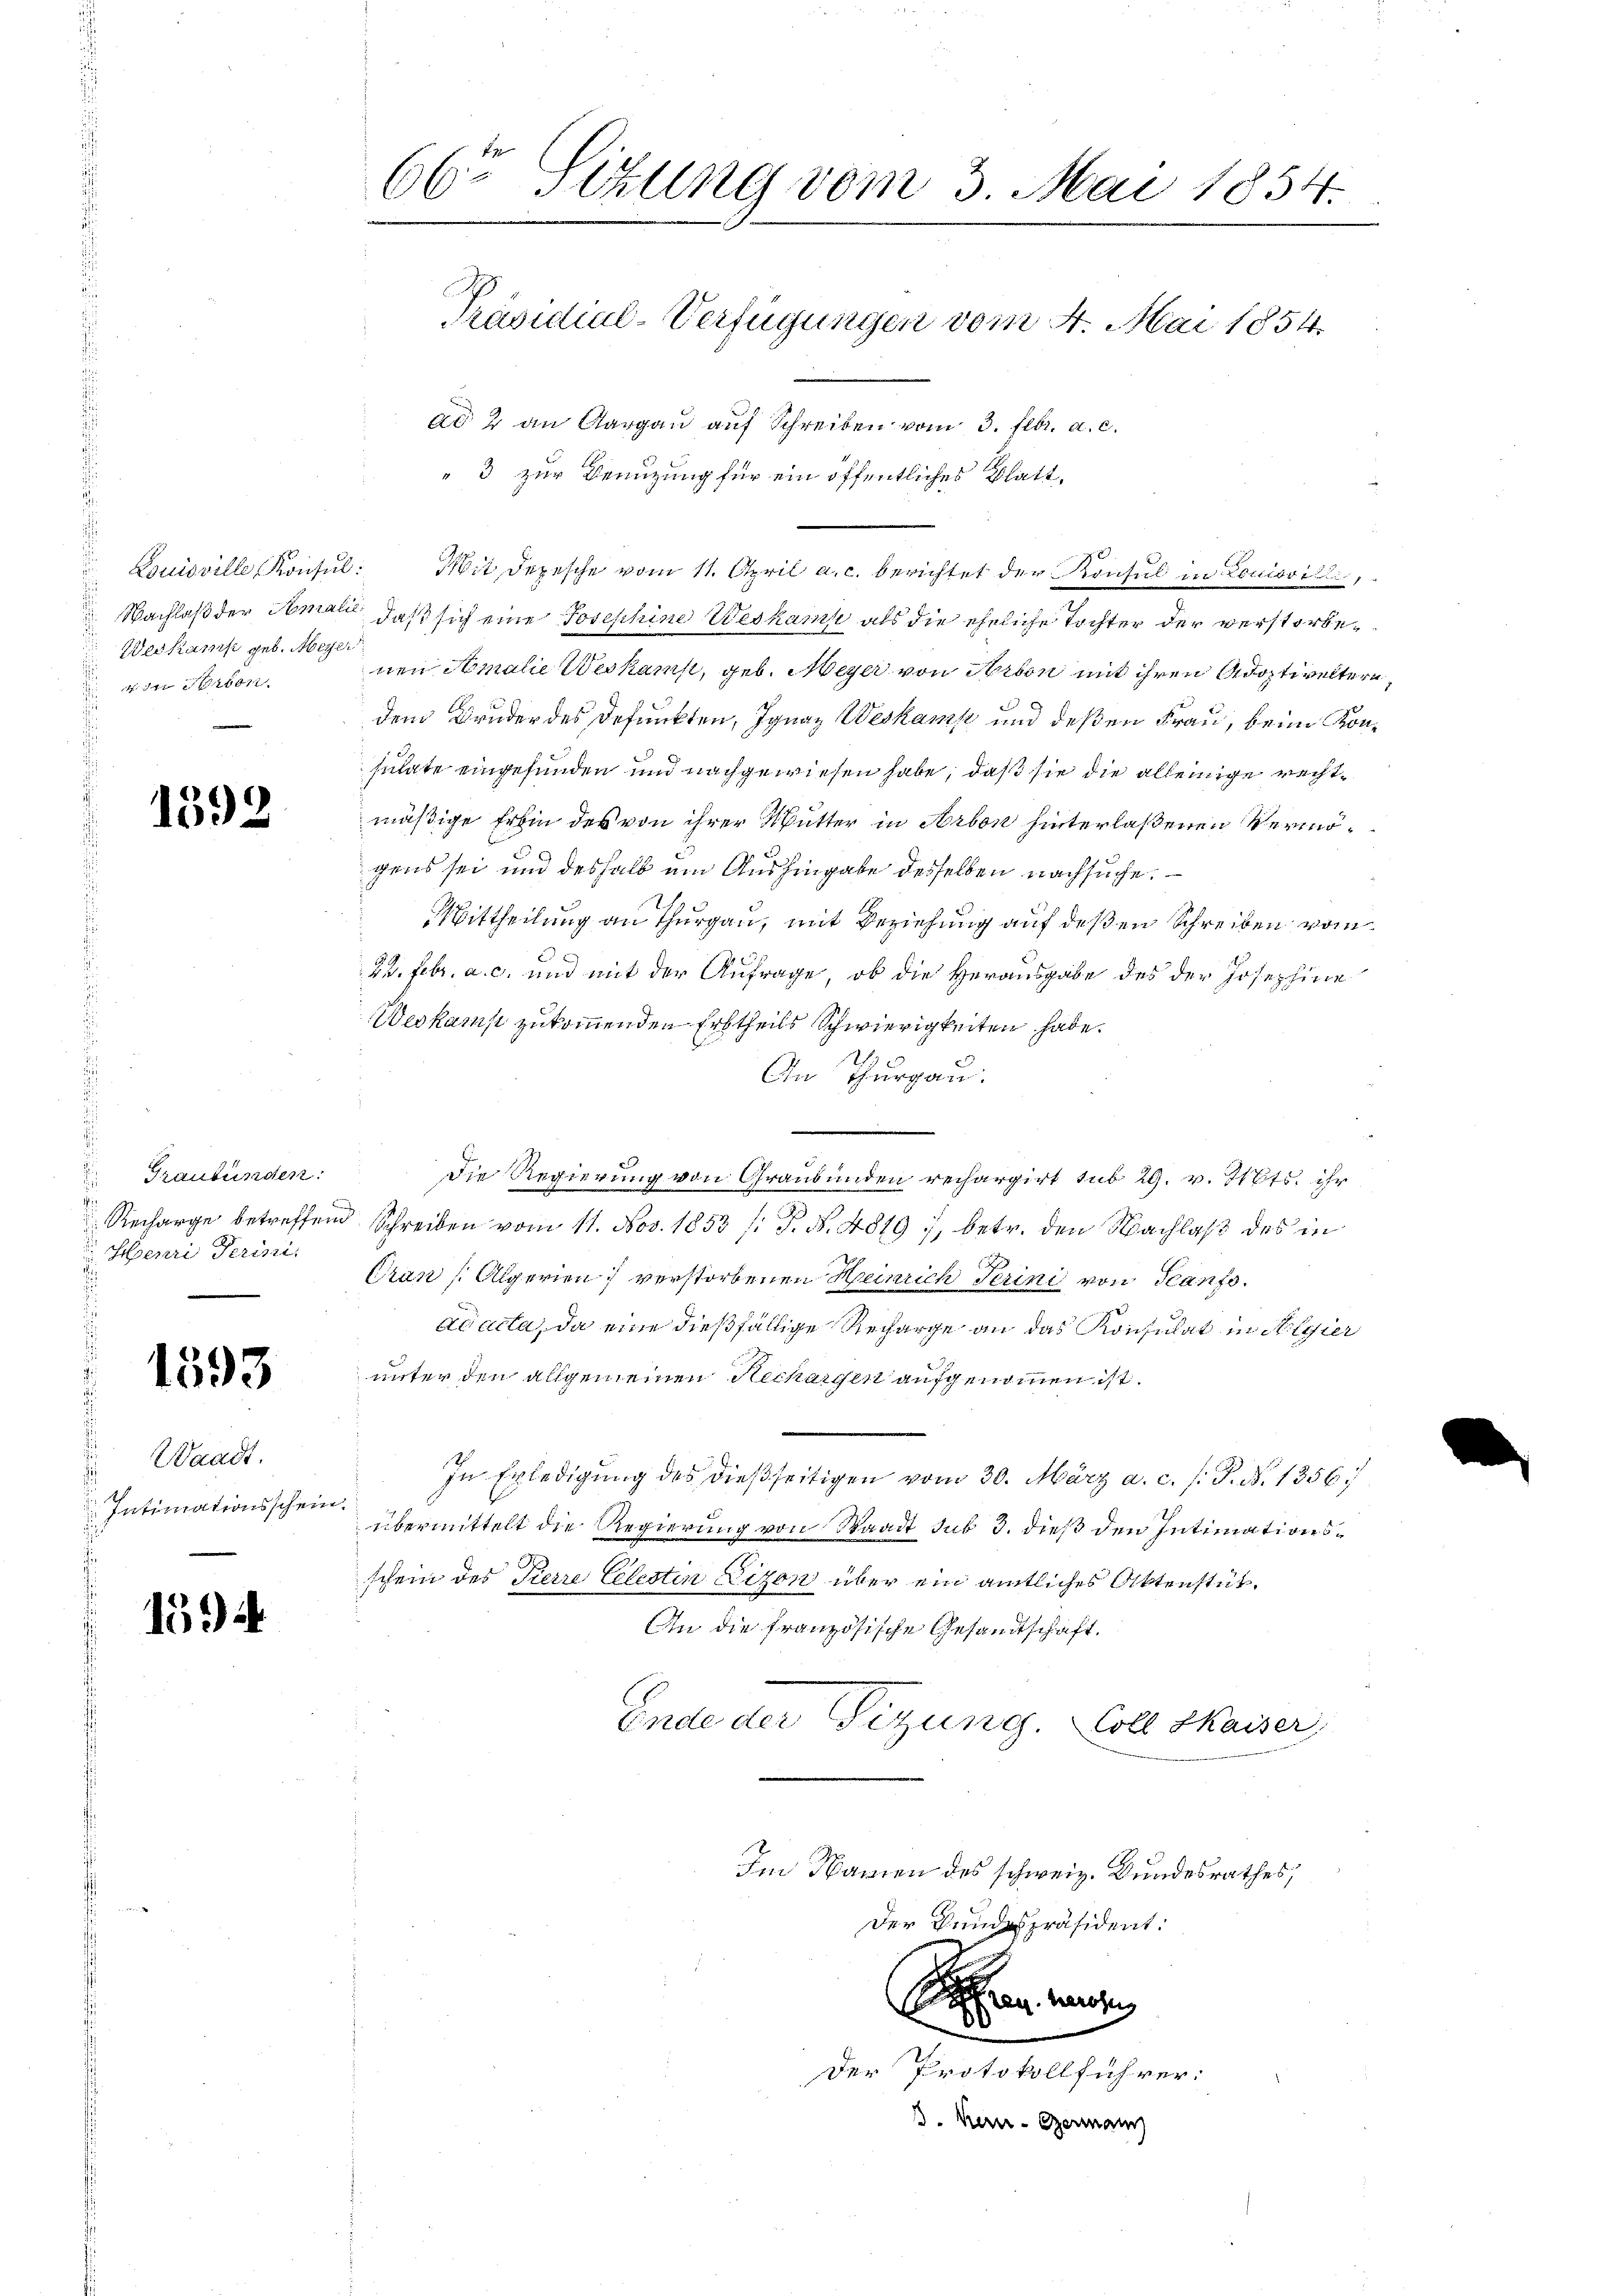
Weikamp geb. Meyer
1 Person

1392

Graubünden:
 Recharge betreffen
Henri Perini

1393

Waadt.
.
Intimationsschein
u

1594

66r Sitzung vom 3. Mai 1854.
Präsidial-Verfügungen vom 4. Mai 1854.
ad 2 an Aargau auf Schreiben vom 3. Febr. a. c.
" 3 zur Benuzung für ein öffentliches Blatt¬

Louisville Konsul: Mit Depesche vom 11. April a. c. berichtet der Konsul in Lonioritli
Nachlaß der Amali, daß sich eine Josephine Weshaus als die eheliche Tochter der verstorbenen Amalie Weskam, geb. Meyer von Arbon mit ihren Adoptiveltern
dem Bruder des defunkten, Ignaz Weskamp und deßen Frau, beim Konsulate eingefunden und nachgewiesen habe, daß sie die alleinige rechtmäßige Erbin des von ihrer Mutter in Arbon hinterlaßenen Vermögens sei und deshalb um Aushingabe desselben nachsuche.
Mittheilung an Thurgau, mit Beziehung auf deßen Schreiben vom
22. Febr. a. c. und mit der Anfrage, ob die Herausgabe des der Josephine
Weskamp zukommenden Erbtheils Schwierigkeiten habe.
2.
An Thurgau.
Die Regierung von Graubünden rechargirt sub 29. v. Mts. ihr
u Schreiben vom 11. Nov. 1853 /: P. N. 4819, betr. den Nachlaß des in
d
Cran [Algerien verstorbenen Heinrich Trini von Hanf¬
Adacta, da eine dießfällige Recharge an das Konsulat in Algier
unter den allgemeinen Rechargen aufgenommen ist.
In Erledigung des dießseitigen vom 30. März a. c. s. S. N. 1356
übermittelt die Regierung von Staadt sub 3. dieß den Intimationsschein des Tierre Celestin Lizen über ein amtliches Aktenstüt¬
An die französische Gesandtschaft.
Ende der Vizung. Coll Kaiser,
Im Namen des schweiz. Bundesrathes,
Der Bundespräsident:
Seen werden
00

Der Protokollführer:
. Kern- Germann